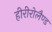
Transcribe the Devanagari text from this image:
हीरीरोलैण्ड